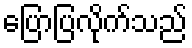
ပြောပြလိုက်သည်